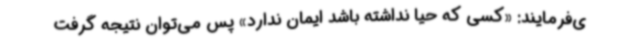
ی‌فرمایند: «کسی که حیا نداشته باشد ایمان ندارد» پس می‌توان نتیجه گرفت